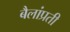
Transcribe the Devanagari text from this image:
बैलांप्रती